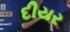
દીયર